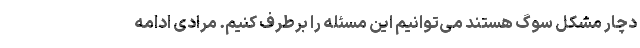
دچار مشکل سوگ هستند می‌توانیم این مسئله را برطرف کنیم. مرادی ادامه